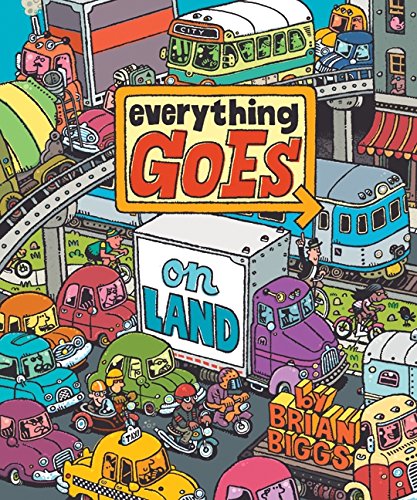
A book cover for Everything Goes: On Land; Brian Biggs; Children's Books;